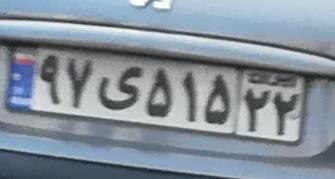
۹۷ی۵۱۵۲۲